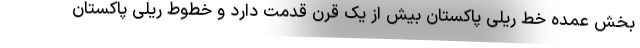
بخش عمده خط ریلی پاکستان بیش از یک قرن قدمت دارد و خطوط ریلی پاکستان